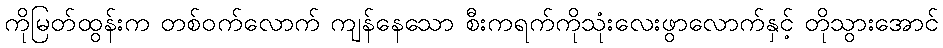
ကိုမြတ်ထွန်းက တစ်ဝက်လောက် ကျန်နေသော စီးကရက်ကိုသုံးလေးဖွာလောက်နှင့် တိုသွားအောင်